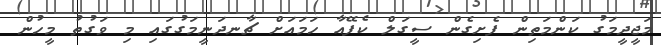
މަޖީދީމަގު ކަންމަތިން ފެށިގެން ސީގަލް ކެފޭއާ ހަމައަށް ޗާނދަނީމަގުގައި މި ވަގުތު މީހުން